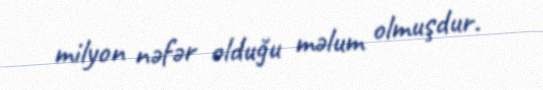
milyon nəfər olduğu məlum olmuşdur.